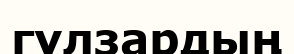
гүлзардың